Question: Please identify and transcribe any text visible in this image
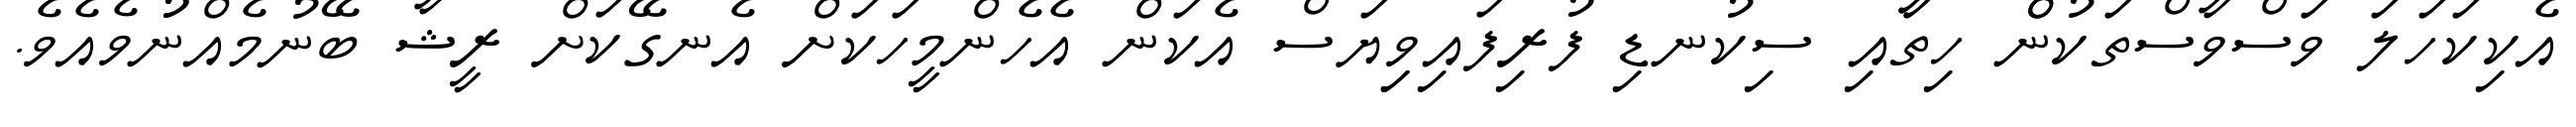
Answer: އެކިކަހަލަ ވަސްވާސްތަކުންް ހިތާާއި ސިކުނޑި ފުރިފައިވިިޔަސް އެކަން އެހެންމީހަކަށް އެނގޭކަށް ރީޝާ ބޭނުމެއްނުުވެއެވެ.